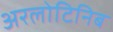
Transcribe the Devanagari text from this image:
अरलोटिनिब